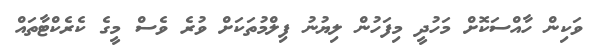
ވަކިން ހާއްސަކޮށް މަހުދީ މިފަހުން ލިޔުނު ފިލްމުތަކަށް ވުރެ ވެސް މީގެ ކެރެކްޓާތައް